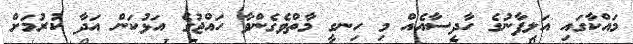
މައްކާގައި އަލިފާނުގެ ހާދިސާއެއް މި ހިނގީ މާތްވެގެންވާ ހައްޖުގެ އަޅުކަން އަދާ ކުރުމަށް